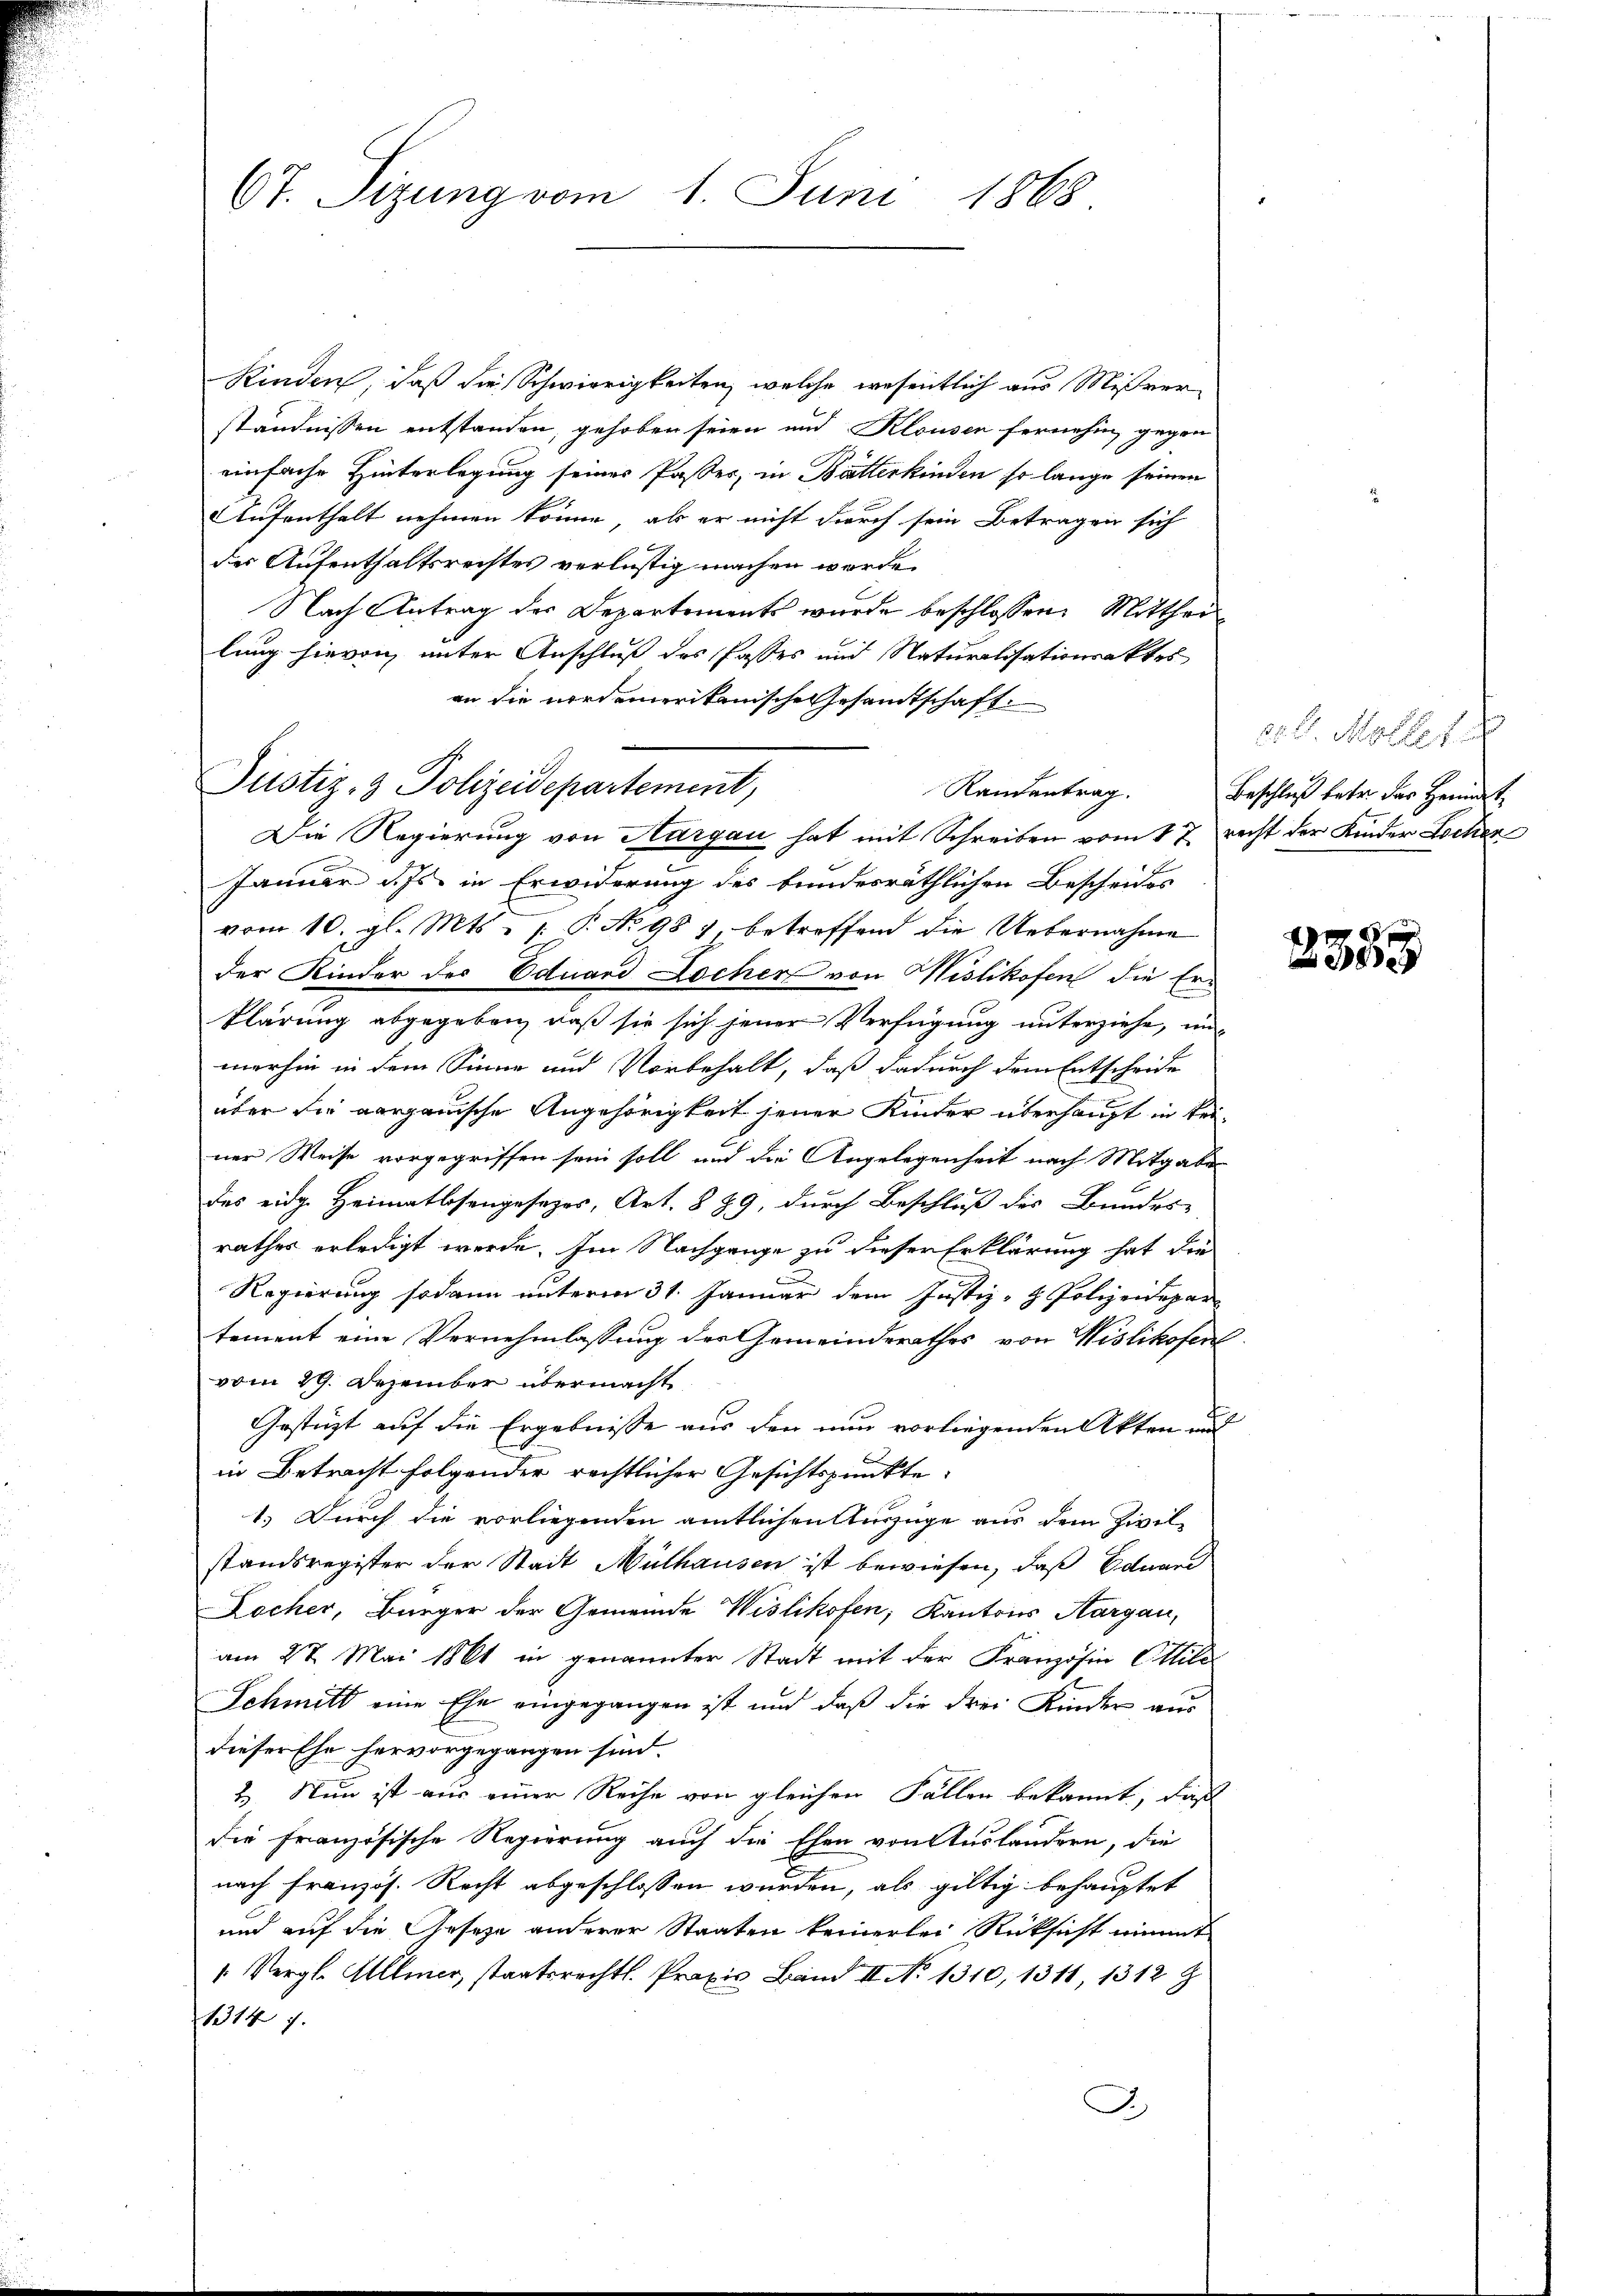
67. Sizung vom 1. Juni 1868.

Kinden, daß die Schwierigkeiten, welche wesentlich aus Mißverständnissen entstanden, gehoben seien und Klausen fernehm, gegen
einfache Hinterlegung seines Passer, in Bätterkinden so lange seinen
Aufenthalt nehmen könne, als er nicht durch sein Betragen sich
der Aufenthaltsrechtes verlustig machen werde.
Nach Antrag des Departements wurde beschlossen: Mittheilung hievon unter Anschluß des Passes und Naturalisationsaktes
an die nordamerikanische Gesandtschaft.
Randentrag.
Die Regierung von Aargau hat mit Schreiben vom 17. recht der Kinder Lochen
Januar d. Js. in Erwiderung des bundesräthlichen Bescheides
vom 10. gl. Mts. /: P. No 987 betreffend die Uebernahme
der Kinder des Eduard Locher von Heslikofen die Erklärung abgegeben, daß sie sich jener Verfügung unterziehe, un
merhin in dem Sinne und Vorbehalt, daß dadurch dem Entscheide
über die aargauische Angehörigkeit jener Kinder überhaupt in keiner Weise vorgegriffen sein soll und die Angelegenheit nach Mitgabe
das eidge Heimatlosengesetzes, Art. 8 89, durch Beschluß des Bundes-
rathes erledigt werde. Im Nachgange zu dieser Erklärung hat die
Regierung sodann unterm 31. Januar dem Justiz- & Polizeidepar
tement eine Vernehmlassung der Gemeinderathes von Wislikofen
vom 29. Dezember übermacht
Gestützt auf die Ergebnisse aus den nun vorliegenden Akten und
in Betracht folgender rechtlicher Gesichtspunkte:
1.) Durch die vorliegenden amtlichen Auszüge aus dem Zivil-
standsregister der Stadt Mülhausen ist bewiesen, daß Edward
Locher, Bürger der Gemeinde Wislikofen, Kantons Aargau,
am 27. Mai 1861 in genannter Stadt mit der Französin Cilo
Schmitt eine Ehe eingegangen ist und daß die drei Kinder aus
dieser Ehe hervorgegangen sind.
2. Nun ist aus einer Reihe von gleichen Fällen bekannt, daß
die französische Regierung auch die Ehen von Auslandern, die
nach Französ. Recht abgeschlossen wurden, als gültig behauptet
und auf die Geseze anderer Staaten keinerlei Rücksicht nimmt
1. Vergl. Allmer, staatsrechtl. Praxis Band II No 1310, 1311, 1312 Z
13147.
J

Justiz- & Polizeidepartement,

20. d. Mölle 1
Beschluß betr. das Heimat,

2
e